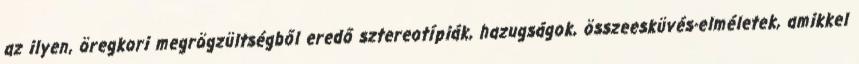
az ilyen, öregkori megrögzültségből eredő sztereotípiák, hazugságok, összeesküvés-elméletek, amikkel